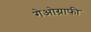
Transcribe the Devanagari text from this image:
गेओग्राफी